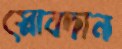
স্লোবদান